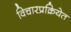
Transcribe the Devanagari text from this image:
विचारप्रक्रियेत